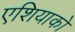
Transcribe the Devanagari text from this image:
एशियाको